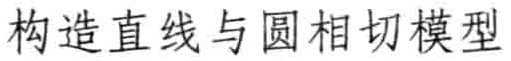
构造直线与圆相切模型